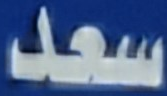
سعد